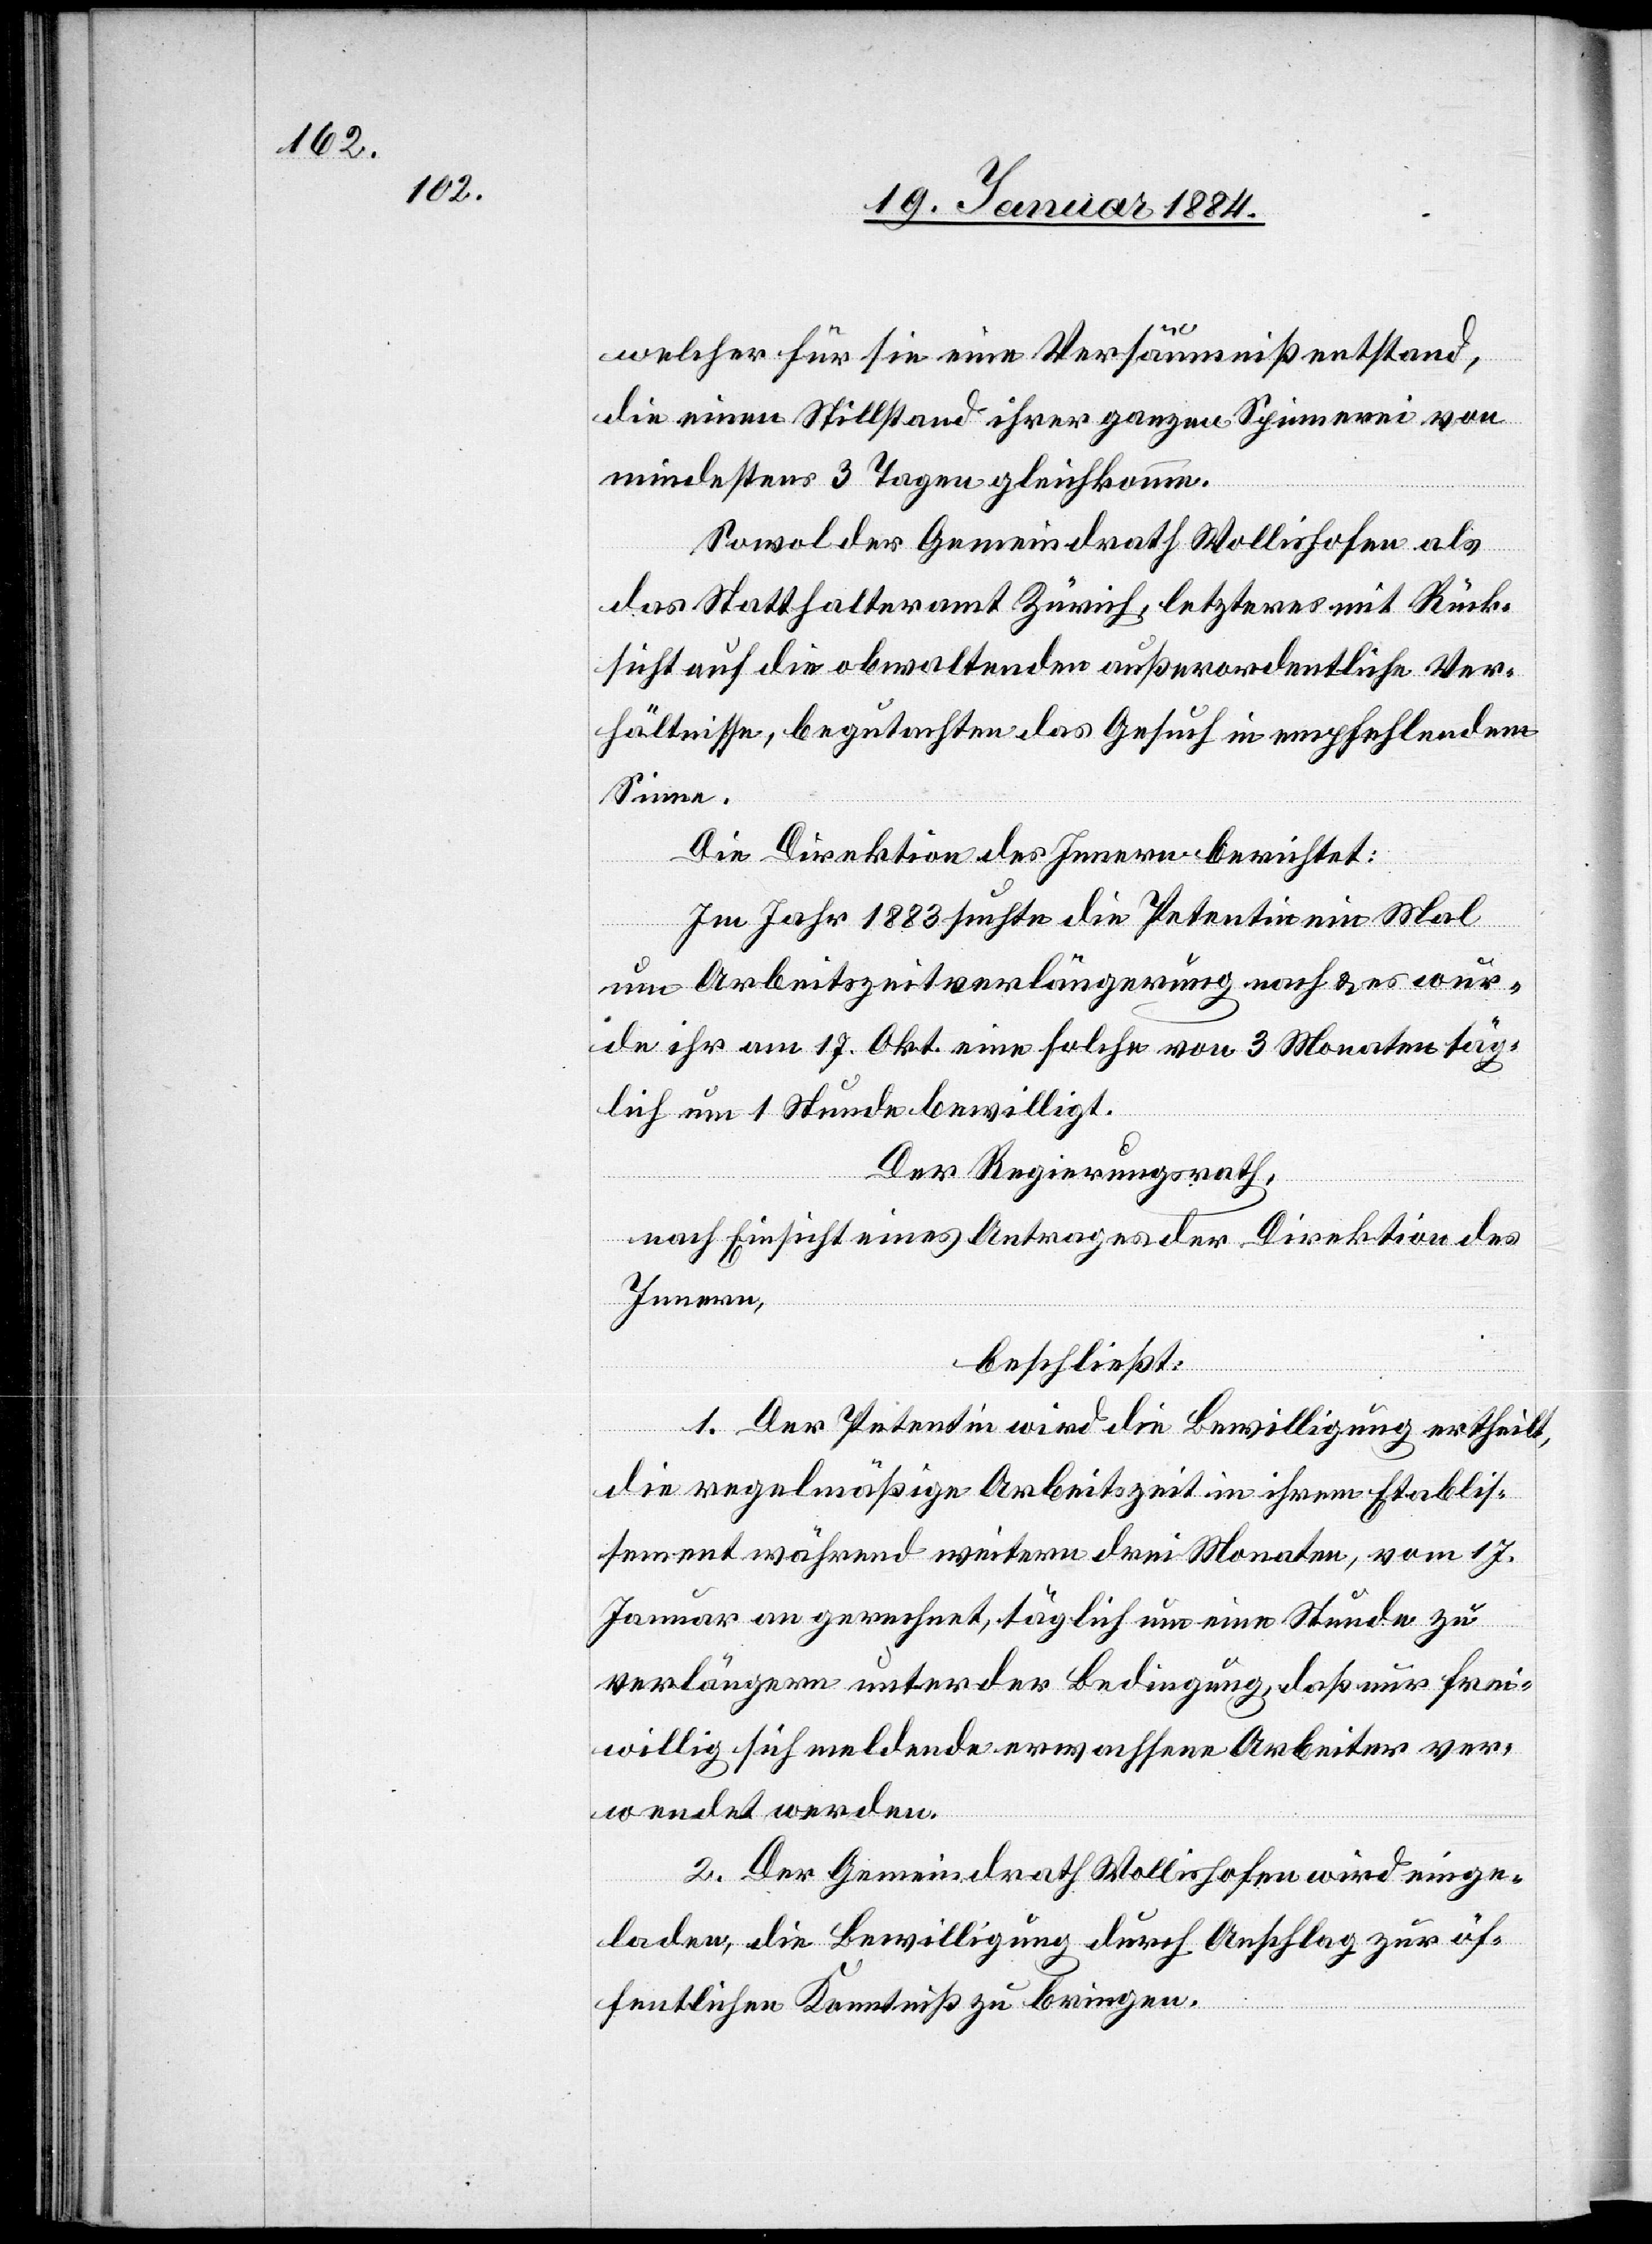
welcher für sie eine Versäumniß entstand,
die einem Stillstand ihrer ganzen Spinnerei von
mindestens 3 Tagen gleichkomme.
Sowol der Gemeindrath Wollishofen als
das Statthalteramt Zürich, letzteres mit Rück¬
sicht auf die obwaltenden außerordentlichen Ver¬
hältnisse, begutachten das Gesuch in empfehlendem
Sinne.
Die Direktion des Innern berichtet:
Im Jahr 1883 suchte die Petentin ein Mal
um Arbeitszeitverlängerung nach & es wur¬
de ihr am 17. Okt. eine solche von 3 Monaten täg¬
lich um 1 Stunde bewilligt.
Der Regierungsrath,
nach Einsicht eines Antrages der Direktion des
Innern,
beschließt:
1. Der Petentin wird die Bewilligung ertheilt,
die regelmäßige Arbeitszeit in ihrem Etablis¬
sement während weitern drei Monaten, vom 17.
Januar an gerechnet täglich um eine Stunde zu
verlängern unter der Bedingung, daß nur frei¬
willig sich meldende erwachsene Arbeiter ver¬
wendet werden.
2. Der Gemeindrath Wollishofen wir einge¬
laden, die Bewilligung durch Anschlag zur öf¬
fentlichen Kenntniß zu bringen.